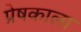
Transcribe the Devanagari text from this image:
प्रेषकाला